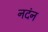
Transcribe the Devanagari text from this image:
नदंन